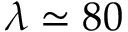
\lambda \simeq 8 0